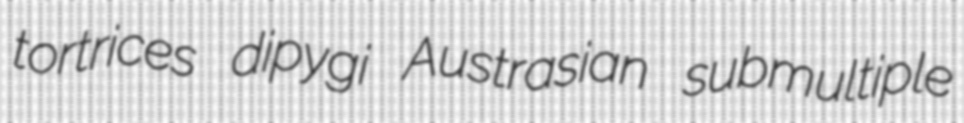
tortrices dipygi Austrasian submultiple